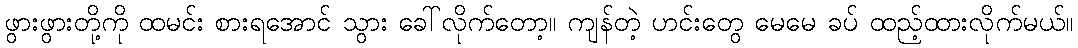
ဖွားဖွားတို့ကို ထမင်း စားရအောင် သွား ခေါ်လိုက်တော့။ ကျန်တဲ့ ဟင်းတွေ မေမေ ခပ် ထည့်ထားလိုက်မယ်။